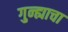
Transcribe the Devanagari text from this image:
गुन्ह्याचा